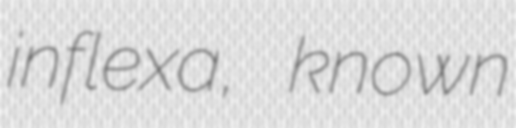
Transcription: inflexa, known